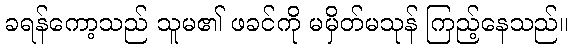
ခရန်ကော့သည် သူမ၏ ဖခင်ကို မမှိတ်မသုန် ကြည့်နေသည်။